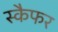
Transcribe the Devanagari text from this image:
स्कैफर